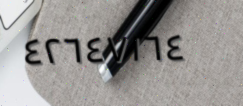
٤٢٦٤٧١٦٤